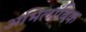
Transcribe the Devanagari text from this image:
अभिलांबिक